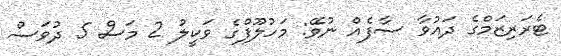
ޓެރަރިޒަމްގެ ދައުވާ ސާފެއް ނުވޭ: މަހުލޫފްގެ ވަކީލު 2 މަސް 5 ދުވަސް